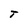
Character: T